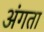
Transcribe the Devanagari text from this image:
अंगता